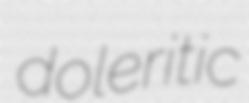
doleritic